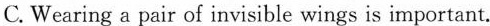
C.Wearing a pair of invisible wings is important.